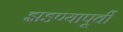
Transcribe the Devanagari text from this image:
झडण्यापूर्वी